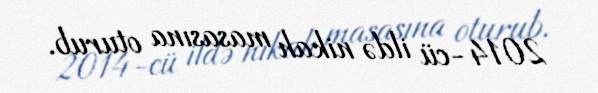
2014-cü ildə nikah masasına oturub.